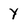
Character: Y